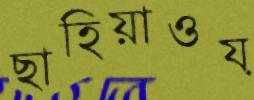
ছাহিয়াওয়